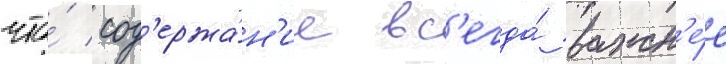
что́ сод'ержа́н'ие вс'егда́ важн'е́е